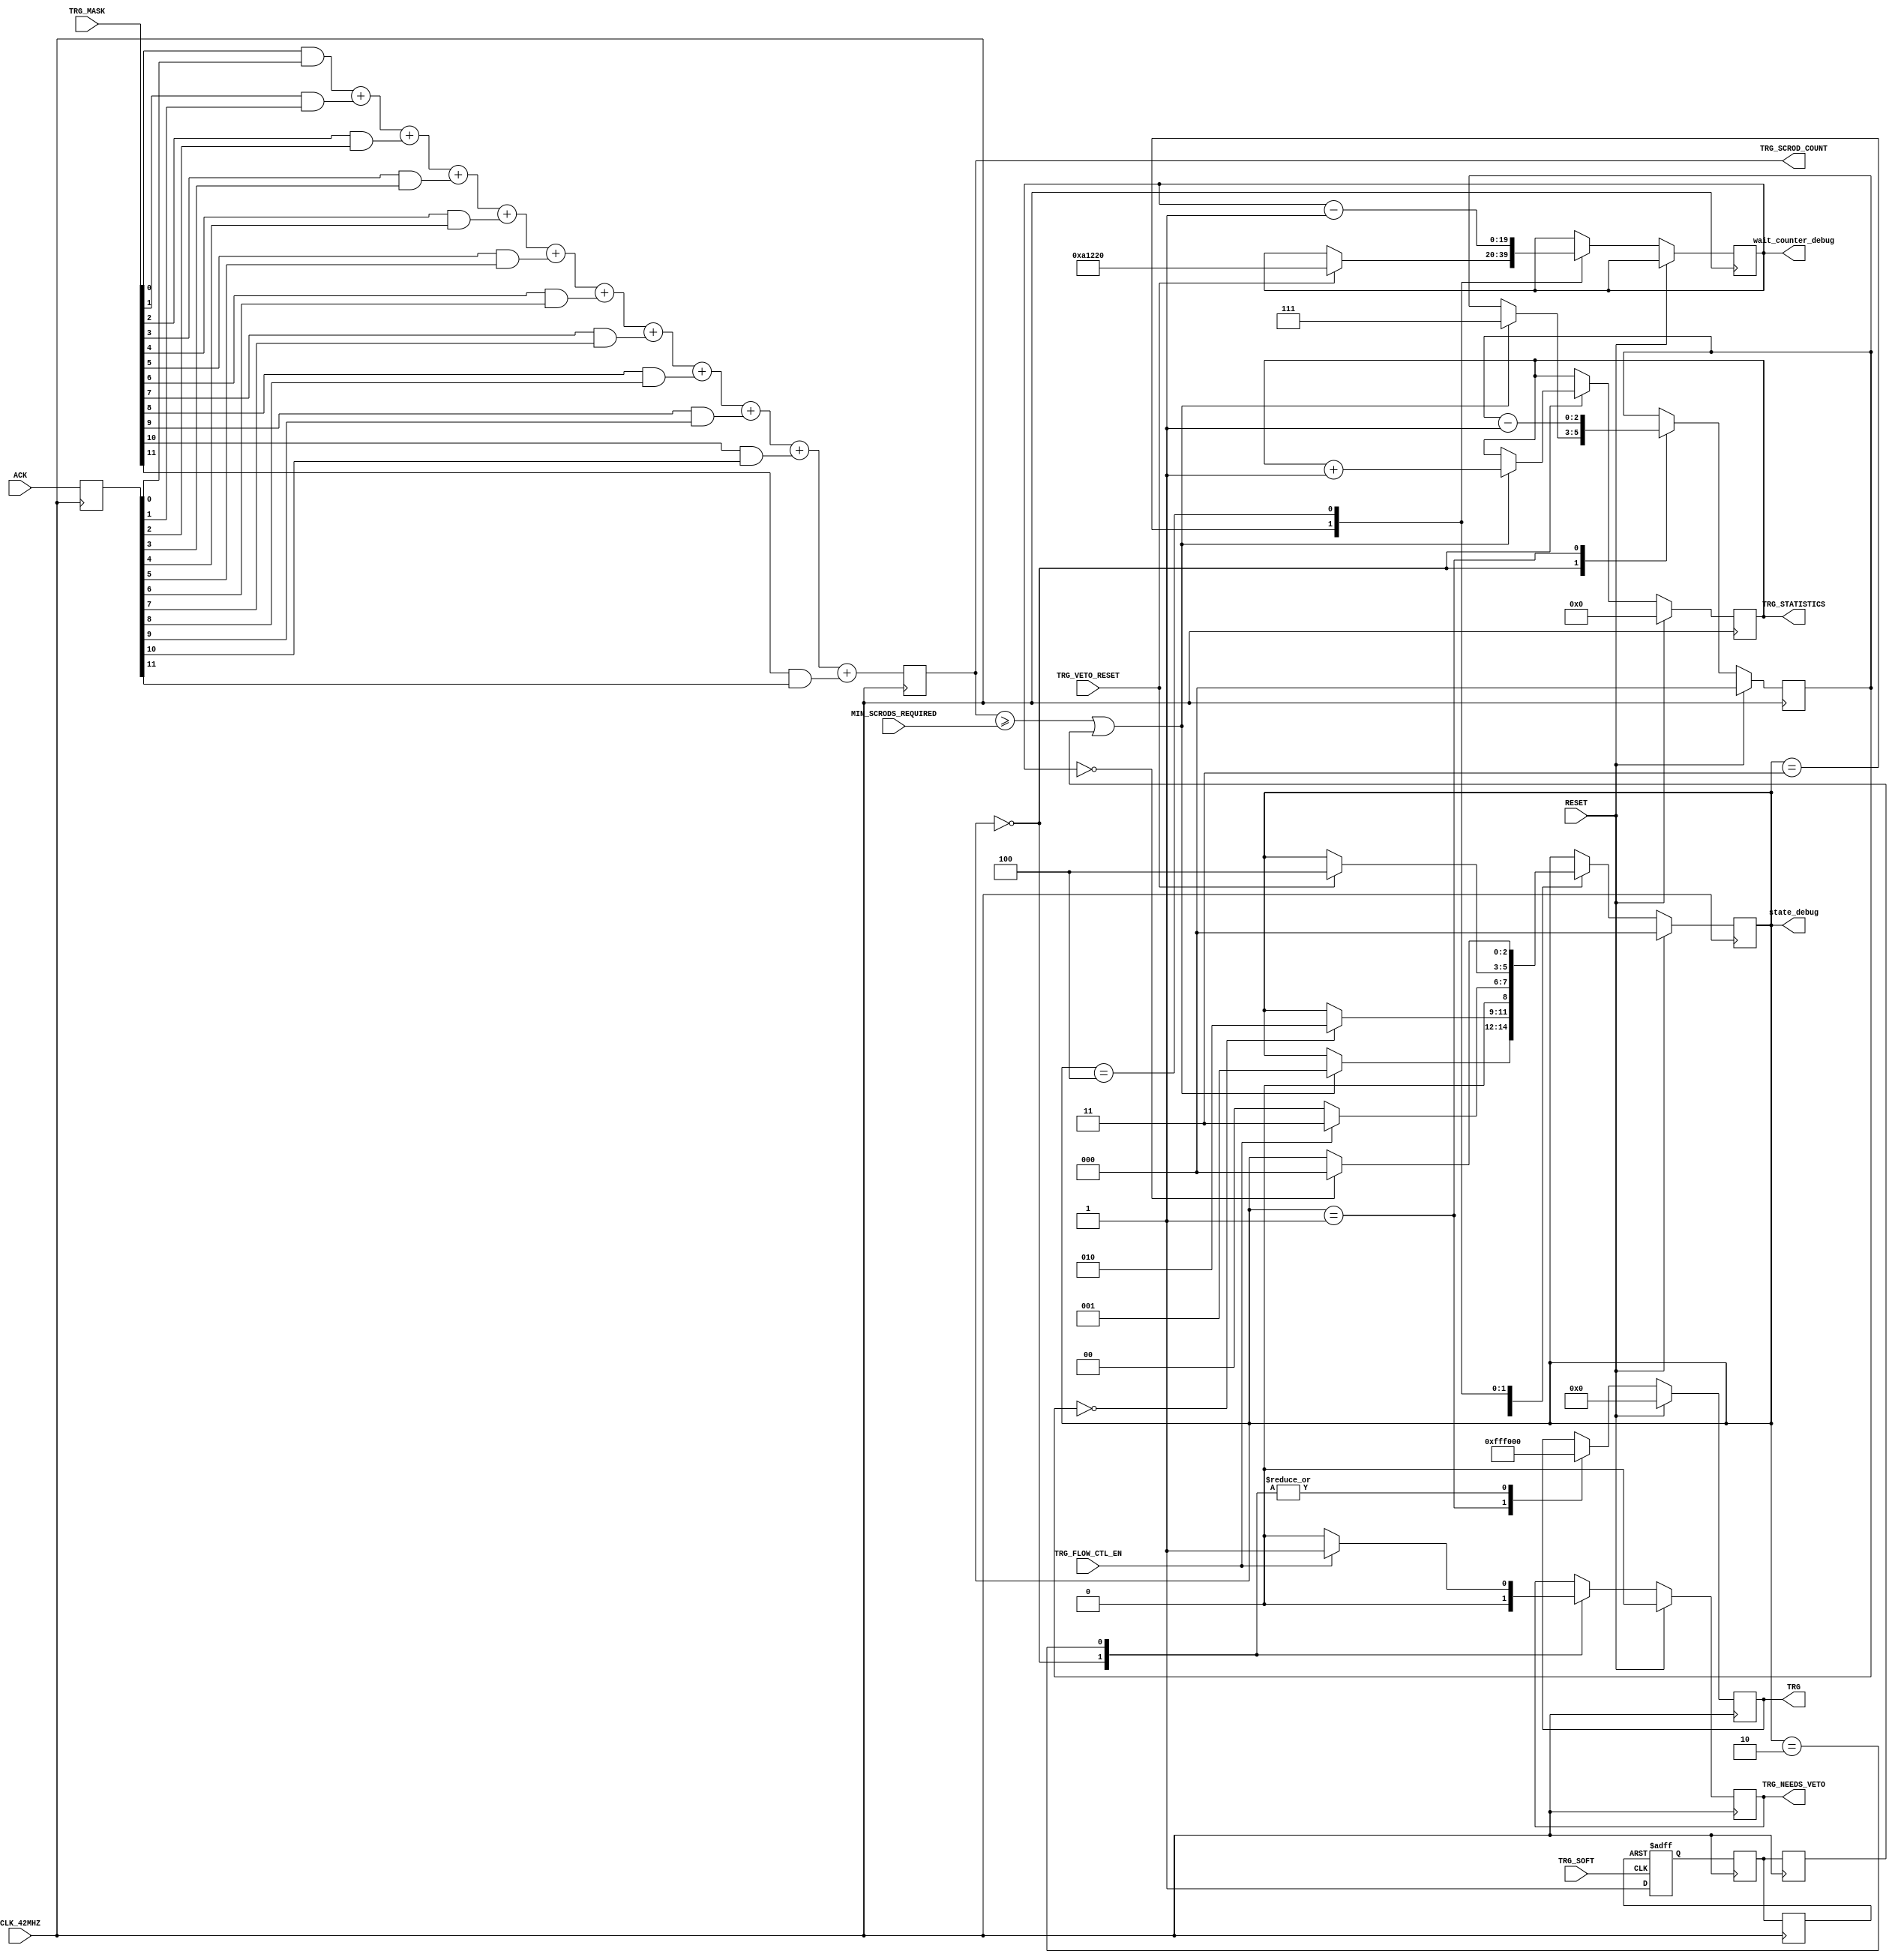
`timescale 1ns / 1ps
//////////////////////////////////////////////////////////////////////////////////
// Company: 
// Engineer: 
// 
// Design Name: 
// Module Name:    TRIG 
// Project Name: 
// Target Devices: 
// Tool versions: 
// Description: 
//
// Dependencies: 
//
// Revision: 
// Revision 0.01 - File Created
// Additional Comments: 
//
//////////////////////////////////////////////////////////////////////////////////
module TRIG(
	input RESET,
	input CLK_42MHZ,
   output [11:0] TRG,
   input [11:0] ACK,
	input [11:0] TRG_MASK,
	input [3:0] MIN_SCRODS_REQUIRED,
	output [31:0] TRG_STATISTICS,
	input TRG_SOFT,
 
	output TRG_NEEDS_VETO,
	input TRG_FLOW_CTL_EN,
	input TRG_VETO_RESET,
	output [3:0] TRG_SCROD_COUNT,
	output [2:0] state_debug,
	output [19:0] wait_counter_debug
    );

reg need_veto;
assign TRG_NEEDS_VETO = need_veto;

//Trigger accumulator across scrods. Recomputed each clock cycle
reg [3:0] current_triggers;

assign TRG_SCROD_COUNT = current_triggers;

//Trigger outputs to the lvds
reg [11:0] trg_reg;
assign TRG = trg_reg;

//Number of triggers since startup
reg [31:0] trg_statistics_reg;
assign TRG_STATISTICS = trg_statistics_reg;

//Delay for the scrod TRG signal 
reg [2:0] trg_delay;

//Edge detector for the clear signal
reg TRG_CLR;

initial begin
	trg_statistics_reg = 0;
	trg_reg = 0;
	trg_delay = 0;
	current_triggers = 0;
end

reg soft_trig_pos_edge;
reg soft_trig_buffered;
reg soft_trig_edge;

//metastability resolution for input triggers
reg [11:0] ACK_delayed;


always @(posedge TRG_SOFT or posedge TRG_CLR )
begin
	if (TRG_CLR)
		soft_trig_edge <= 0;
	else 
		soft_trig_edge <= 1;
end


always @(posedge CLK_42MHZ) begin
	soft_trig_buffered<= soft_trig_edge;
end


always @(posedge CLK_42MHZ) begin
	TRG_CLR<= soft_trig_buffered;
end


always @(posedge CLK_42MHZ) begin
	soft_trig_pos_edge<= soft_trig_buffered;
end

always @(posedge CLK_42MHZ) begin
	ACK_delayed<=ACK;
end

//Adding up all of the trigger bits
always @(posedge CLK_42MHZ) begin
	current_triggers <= (TRG_MASK[0] & ACK_delayed[0]) + 
	(TRG_MASK[1] & ACK_delayed[1]) +
	(TRG_MASK[2] & ACK_delayed[2]) +
	(TRG_MASK[3] & ACK_delayed[3]) +
	(TRG_MASK[4] & ACK_delayed[4]) +
	(TRG_MASK[5] & ACK_delayed[5]) +
	(TRG_MASK[6] & ACK_delayed[6]) +
	(TRG_MASK[7] & ACK_delayed[7]) +
	(TRG_MASK[8] & ACK_delayed[8]) +
	(TRG_MASK[9] & ACK_delayed[9]) +
	(TRG_MASK[10] & ACK_delayed[10]) +
	(TRG_MASK[11] & ACK_delayed[11]);
end

//Main trigger logic.
reg [19:0] wait_counter;

`define TRIGGER_FSM_BITS 3
reg [`TRIGGER_FSM_BITS-1:0] state;
parameter IDLE=`TRIGGER_FSM_BITS'h0,
TRG_START=`TRIGGER_FSM_BITS'h1,
TRG_DONE=`TRIGGER_FSM_BITS'h2,
VETO_NEEDED=`TRIGGER_FSM_BITS'h3,
VETO_WAIT=`TRIGGER_FSM_BITS'h4;

initial state = IDLE;

always @(posedge CLK_42MHZ) begin
	if(RESET) begin
		need_veto <= 0;
		trg_statistics_reg <= 0;
		trg_delay <= 0;
		trg_reg <= 0;
		state <= IDLE;
	end
	else begin
		case(state)
			IDLE: begin			//IDLE state waiting for trigger
				need_veto <= 0;
				trg_reg <= 'h000;
				if((current_triggers >= MIN_SCRODS_REQUIRED) || soft_trig_pos_edge == 1) begin
					state <= TRG_START;
					trg_statistics_reg <= trg_statistics_reg + 1;
					trg_delay <= 7;
				end
			end
			TRG_START: begin	//Trigger condition met. Send global trigger. Stick around for 7 clock cycles.
				trg_reg <= 'hFFF;
				trg_delay <= trg_delay - 1;
				if(trg_delay == 0)
					state <= TRG_DONE;
			end
			TRG_DONE: begin	//7 clock cycles have passed. If flow control is off go back to idle, otherwise go to wait veto state.
				trg_reg <= 'h000;
				if(TRG_FLOW_CTL_EN) begin
					need_veto <= 1;
					state <= VETO_NEEDED;
				end
				else begin
					need_veto <= 0;
					state <= IDLE;
				end
			end
			VETO_NEEDED: begin	//Wait for the veto clear. Once recieved go to the wait state for 660000 cycles ~15ms. 
				if(TRG_VETO_RESET) begin
					state <= VETO_WAIT;
					wait_counter <= 660000;
				end
			end
			VETO_WAIT: begin		//Wait untill the counter runs out, go back to IDLE.
				wait_counter <= wait_counter -1;
				if(wait_counter == 0) begin
					state <= IDLE;
				end
			end
		endcase
	end
end
assign state_debug = state;
assign wait_counter_debug = wait_counter;


endmodule